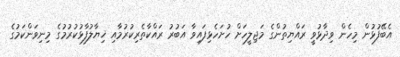
އެބޭފުޅުން މިހެން ވިދާޅުވީ ރައްޔިތުންގެ މަޖިލީހަށް ހުށަހެޅިފައިވާ އަބުރު ރައްކާތެރިކުރުމާއި ޚިޔާލުފާޅުކުރުމުގެ މިނިވަންކަމުގެ